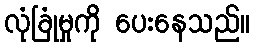
လုံခြုံမှုကို ပေးနေသည်။